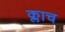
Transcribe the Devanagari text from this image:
क्लाच